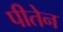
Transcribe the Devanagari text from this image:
पीतेन